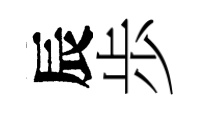
辰歩